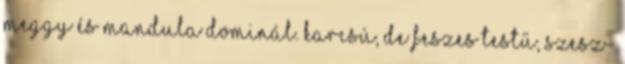
meggy és mandula dominál. Karcsú, de feszes testű, szesz-